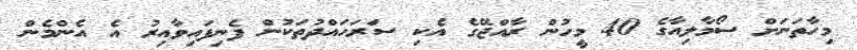
މިހާތަނަށް ސޯމާލިއާގެ 40 މީހުން ރާއްޖޭގެ އެކި ސަރަހައްދުތަކުން ފެނިފައިވާއިރު އެ އެންމެން